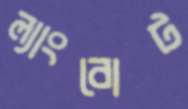
ল্যাংবোট